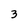
Character: 3